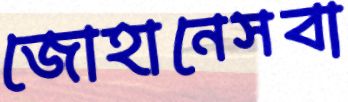
জোহানেসবা